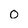
Character: 0